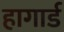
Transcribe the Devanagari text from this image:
हागार्ड